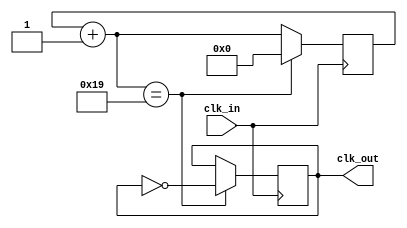
module CLK_1MHZ(
		input clk_in,  //50Mhz
		output reg clk_out
	);
	
	
	reg [4:0] clk_count; 
	
	
	// initial
	initial
	begin
		clk_count = 0;
		clk_out = 0;
	end	

	
	// clock counts
	always @ (posedge clk_in)
	begin 
		clk_count = clk_count + 1'b1;
		if(clk_count==25) 
		begin
			clk_count = 0;	
			clk_out = ~clk_out;
		end
	end
endmodule